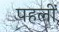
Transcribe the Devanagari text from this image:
पहलीं